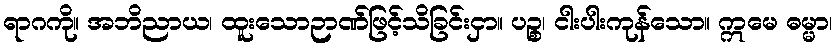
ရာဂကို။ အဘိညာယ၊ ထူးသောဉာဏ်ဖြင့်သိခြင်းငှာ။ ပဉ္စ၊ ငါးပါးကုန်သော။ ဣမေ ဓမ္မာ၊